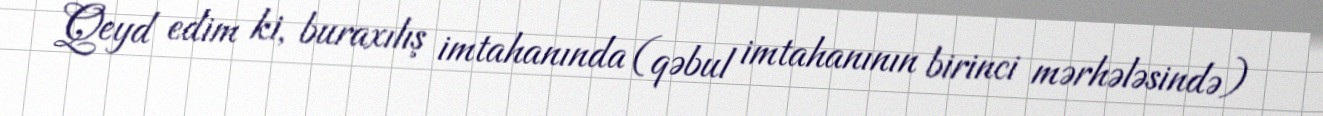
Qeyd edim ki, buraxılış imtahanında (qəbul imtahanının birinci mərhələsində)